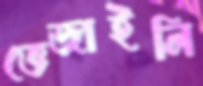
ভেজাইলি